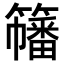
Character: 𥶋